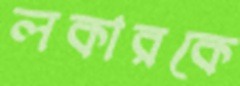
লকারকে